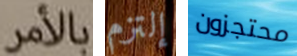
بالأمر إلتزم محتجزون